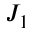
J _ { 1 }